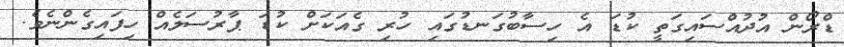
ޑްރޯން އުދުއްސައިގަތީ ކުޑަ އެ ހިސާބުގަނޑުގައި ހުރި ގެއަކަށް ކުޑަ ޕާރުސަލެއް ހިފައިގެންނެވެ.